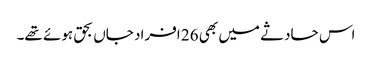
اس حادثے میں بھی 26 افراد جاں بحق ہوئے تھے۔